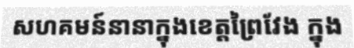
សហគមន៍នានាក្នុងខេត្តព្រៃវែង ក្នុង